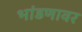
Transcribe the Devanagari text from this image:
भांडणावर